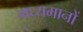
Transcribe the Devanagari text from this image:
मध्यमानों